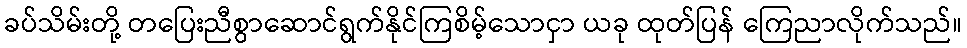
ခပ်သိမ်းတို့ တပြေးညီစွာဆောင်ရွက်နိုင်ကြစိမ့်သောငှာ ယခု ထုတ်ပြန် ကြေညာလိုက်သည်။